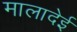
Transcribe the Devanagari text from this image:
मालादेई